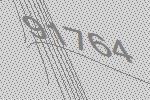
91764